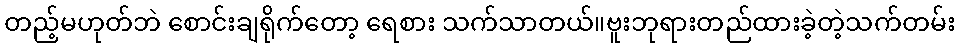
တည့်မဟုတ်ဘဲ စောင်းချရိုက်တော့ ရေစား သက်သာတယ်။ဗူးဘုရားတည်ထားခဲ့တဲ့သက်တမ်း